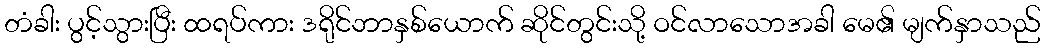
တံခါး ပွင့်သွားပြီး ထရပ်ကား ဒရိုင်ဘာနှစ်ယောက် ဆိုင်တွင်းသို့ ဝင်လာသောအခါ မေ၏ မျက်နှာသည်